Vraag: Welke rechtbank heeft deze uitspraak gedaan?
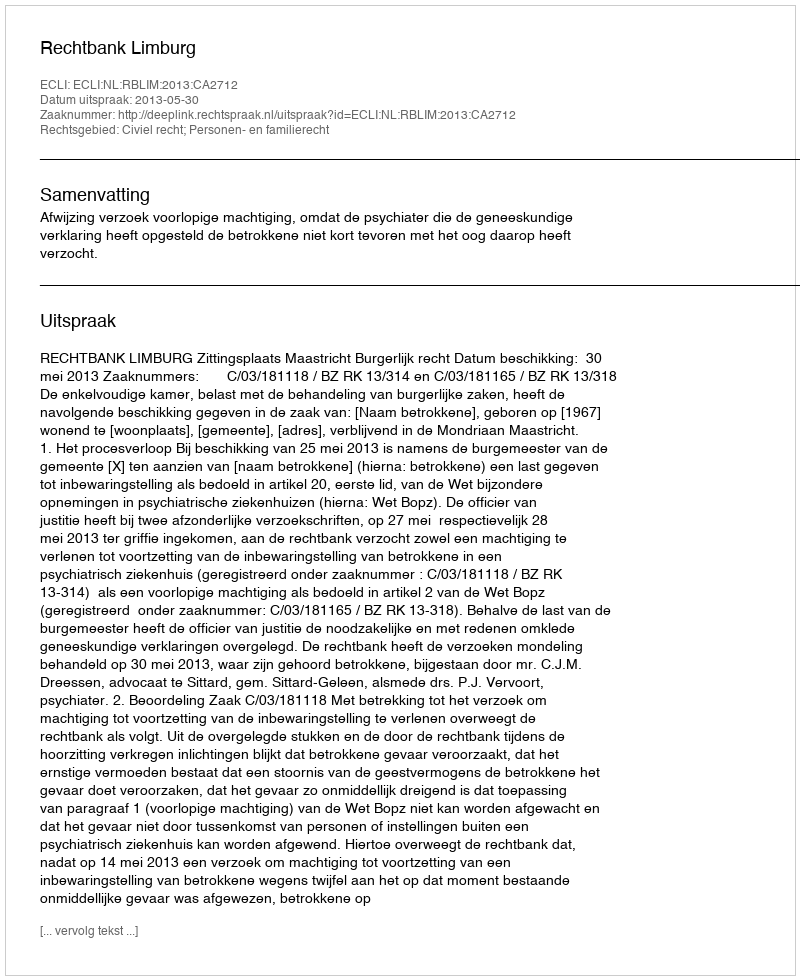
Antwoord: Rechtbank Limburg